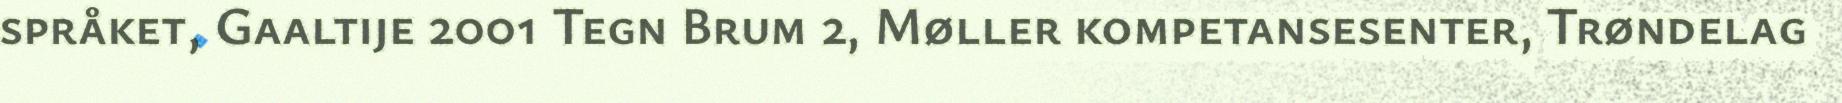
språket, Gaaltije 2001 Tegn Brum 2, Møller kompetansesenter, Trøndelag